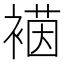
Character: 𮖡